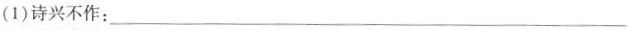
(1)诗兴不作：_